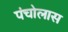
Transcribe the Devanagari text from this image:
पंचोलास